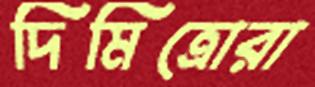
দিমিত্রোরা